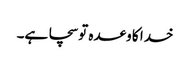
خدا کا وعدہ تو سچا ہے۔